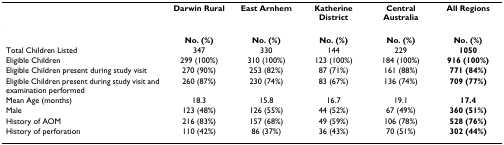
<table><thead><tr><td></td><td><b>Darwin Rural</b></td><td><b>East Arnhem</b></td><td><b>Katherine District</b></td><td><b>Central Australia</b></td><td><b>All Regions</b></td></tr></thead><tbody><tr><td></td><td><b>No. (%)</b></td><td><b>No. (%)</b></td><td><b>No. (%)</b></td><td><b>No. (%)</b></td><td><b>No. (%)</b></td></tr><tr><td>Total Children Listed</td><td>347</td><td>330</td><td>144</td><td>229</td><td><b>1050</b></td></tr><tr><td>Eligible Children</td><td>299 (100%)</td><td>310 (100%)</td><td>123 (100%)</td><td>184 (100%)</td><td><b>916 (100%)</b></td></tr><tr><td>Eligible Children present during study visit</td><td>270 (90%)</td><td>253 (82%)</td><td>87 (71%)</td><td>161 (88%)</td><td><b>771 (84%)</b></td></tr><tr><td>Eligible Children present during study visit and examination performed</td><td>260 (87%)</td><td>230 (74%)</td><td>83 (67%)</td><td>136 (74%)</td><td><b>709 (77%)</b></td></tr><tr><td>Mean Age (months)</td><td>18.3</td><td>15.8</td><td>16.7</td><td>19.1</td><td><b>17.4</b></td></tr><tr><td>Male</td><td>123 (48%)</td><td>126 (55%)</td><td>44 (52%)</td><td>67 (49%)</td><td><b>360 (51%)</b></td></tr><tr><td>History of AOM</td><td>216 (83%)</td><td>157 (68%)</td><td>49 (59%)</td><td>106 (78%)</td><td><b>528 (76%)</b></td></tr><tr><td>History of perforation</td><td>110 (42%)</td><td>86 (37%)</td><td>36 (43%)</td><td>70 (51%)</td><td><b>302 (44%)</b></td></tr></tbody></table>